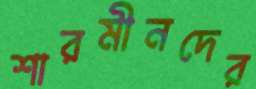
শারমীনদের